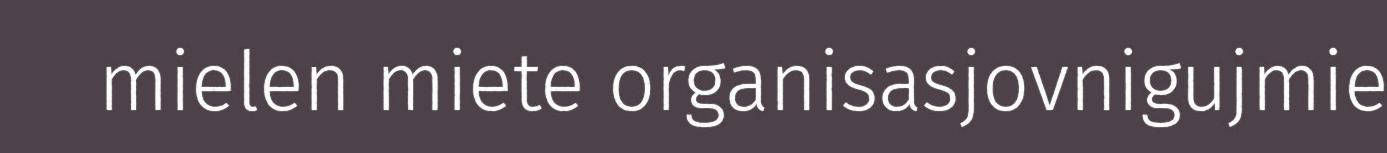
mielen miete organisasjovnigujmie